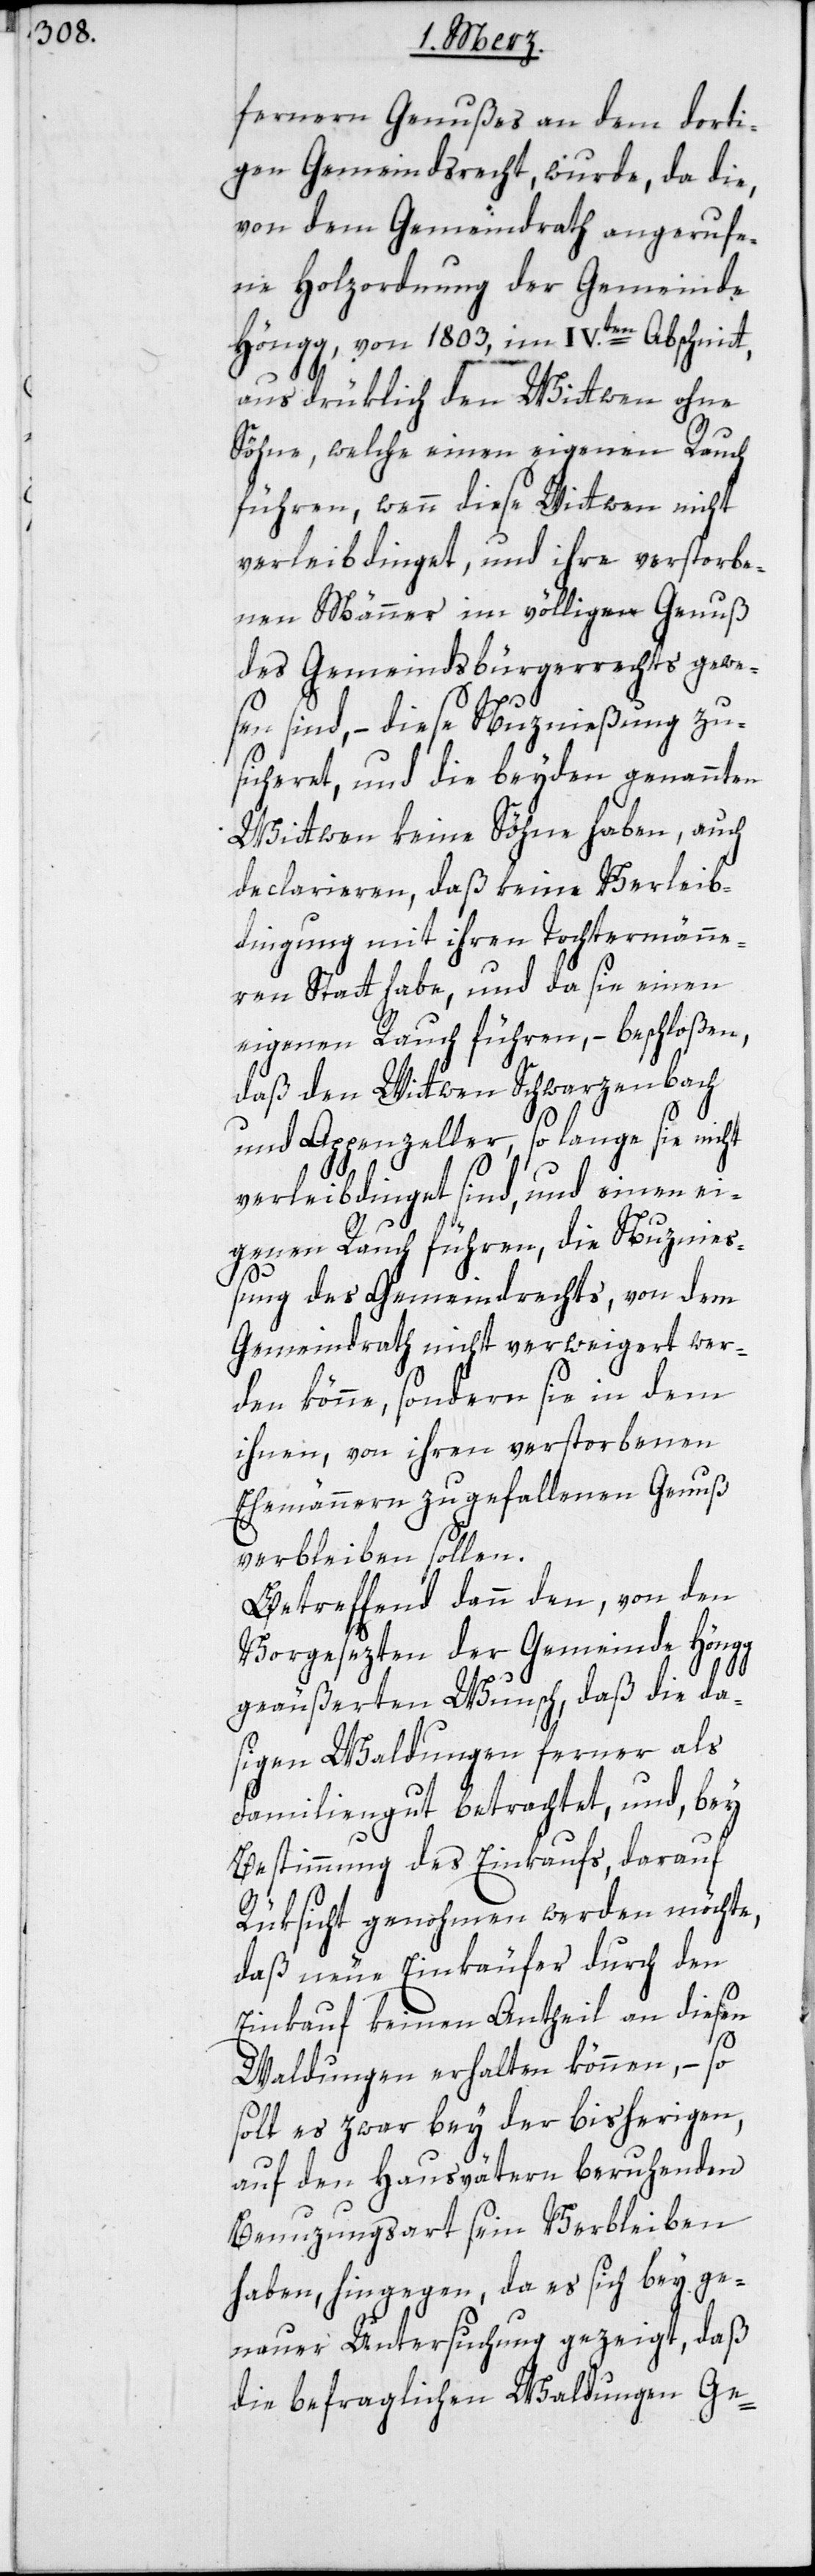
fernern Genußes an dem dorti¬
gen Gemeindsrecht, wurde, da die,
von dem Gemeindrath angerufe¬
ne Holzordnung der Gemeinde
Höngg, von 1803, im IV.ten Abschnitt,
ausdrüklich den Wittwen ohne
Söhne, welche einen eigenen Rauch
führen, wenn diese Wittwen nicht
verleibdinget und ihre verstorbe¬
nen Männer im völligen Genuß
des Gemeindsbürgerrechts gewe¬
sen sind, – diese Nuznießung zu¬
sicheret, und die beyden genannten
Wittwen keine Söhne haben, auch
declarieren, daß keine Verleib¬
dingung mit ihren Tochtermänne¬
rn Statt habe, und da sie einen
eigenen Rauch führen, – beschloßen,
daß den Wittwen Schwarzenbach
und Appenzeller, so lange sie nicht
verleibdinget sind, und einen ei¬
genen Rauch führen, die Nuznieß¬
ung des Gemeindrechts, von dem
Gemeindrath nicht verweigert wer¬
den könne, sondern sie in dem
ihnen, von ihren verstorbenen
Ehemännern zugefallenen Genuß
verbleiben sollen.
Betreffend dann den, von den
Vorgesezten der Gemeinde Höngg
geäußerten Wunsch, daß die da¬
sigen Waldungen ferner als
Familiengut betrachtet, und, bey
Bestimmung des Einkaufs, darauf
Rüksicht genohmen werden möchte,
daß neue Einkäufer durch den
Einkauf keinen Antheil an diesen
Waldungen erhalten können, – so
soll es zwar bey der bisherigen,
auf den Hausvätern beruhenden
Benuzungsart sein Verbleiben
haben, hingegen, da es sich bey ge¬
nauer Untersuchung gezeigt, daß
die befraglichen Waldungen Ge-